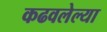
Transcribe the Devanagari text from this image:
कढवलेल्या